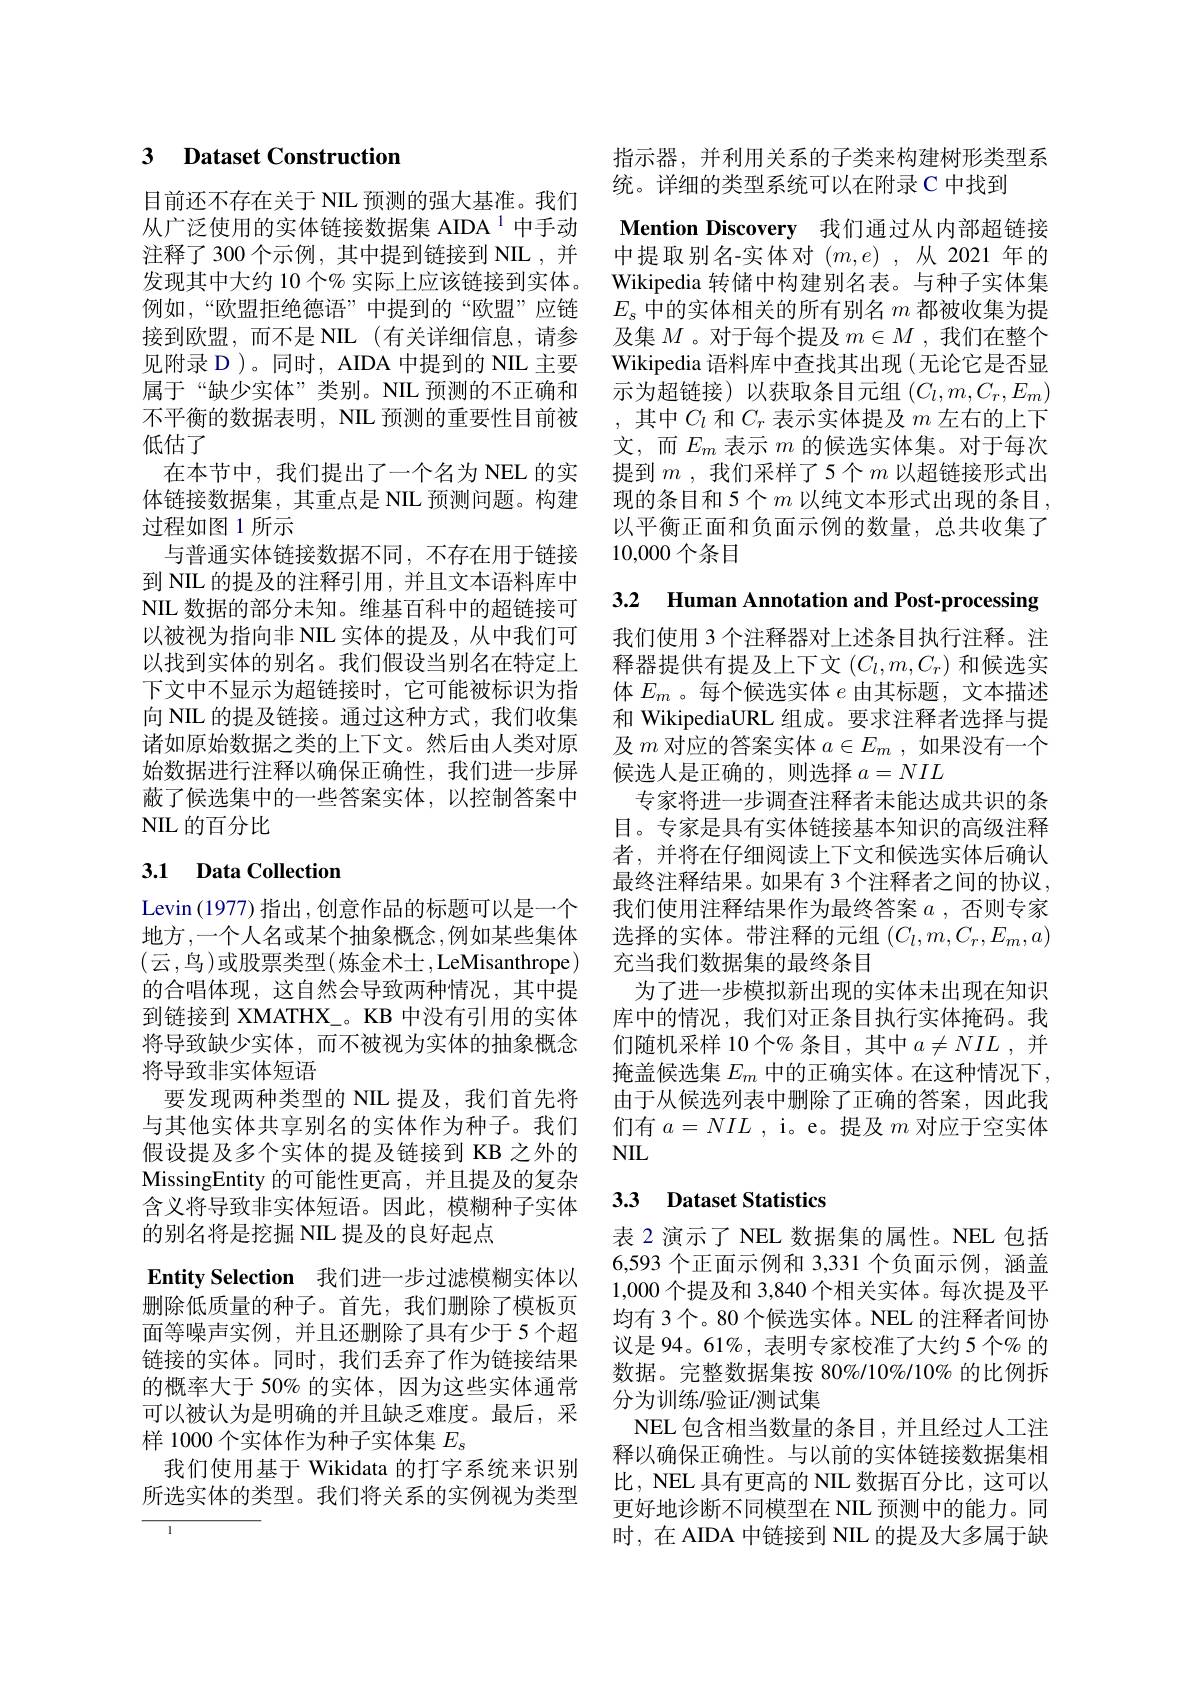
## 3 Dataset Construction

目前还不存在关于 NIL 预测的强大基准。我们从广泛使用的实体链接数据集 AIDA $^{1}$中手动注释了300 个示例，其中提到链接到 NIL ,并发现其中大约 10 个% 实际上应该链接到实体。例如，“欧盟拒绝德语”中提到的“欧盟”应链接到欧盟，而不是 NIL(有关详细信息，请参见附录 D )。同时，AIDA 中提到的 NIL 主要属于“缺少实体”类别。NIL 预测的不正确和不平衡的数据表明，NIL 预测的重要性目前被低估了
在本节中，我们提出了一个名为 NEL 的实体链接数据集，其重点是 NIL 预测问题。构建过程如图 1 所示
与普通实体链接数据不同，不存在用于链接到 NIIL 的提及的注释引用，并且文本语料库中NIL 数据的部分未知。维基百科中的超链接可以被视为指向非 NIL 实体的提及，从中我们可以找到实体的别名。我们假设当别名在特定上下文中不显示为超链接时，它可能被标识为指向 NIIL 的提及链接。通过这种方式，我们收集诸如原始数据之类的上下文。然后由人类对原始数据进行注释以确保正确性，我们进一步屏蔽了候选集中的一些答案实体，以控制答案中NIL 的百分比

## 3.1 Data Collection

Levin (1977) 指出，创意作品的标题可以是一个地方 ,一个人名或某个抽象概念 ,例如某些集体(云，鸟)或股票类型(炼金术士，LeMisanthrope) 的合唱体现，这自然会导致两种情况，其中提到链接到 XMATHX\_。KB 中没有引用的实体将导致缺少实体，而不被视为实体的抽象概念将导致非实体短语
要发现两种类型的 NIL 提及，我们首先将与其他实体共享别名的实体作为种子。我们假设提及多个实体的提及链接到 KB 之外的MissingEntity 的可能性更高，并且提及的复杂含义将导致非实体短语。因此，模糊种子实体的别名将是挖掘 NIL 提及的良好起点
Entity Selection 我们进一步过滤模糊实体以删除低质量的种子。首先，我们删除了模板页面等噪声实例，并且还删除了具有少于 5 个超链接的实体。同时，我们丢弃了作为链接结果的概率大于 50% 的实体，因为这些实体通常可以被认为是明确的并且缺乏难度。最后，采样 1000 个实体作为种子实体集$E_\mathrm{s}$
我们使用基于 Wikidata 的打字系统来识别所选实体的类型。我们将关系的实例视为类型

指示器，并利用关系的子类来构建树形类型系
统。详细的类型系统可以在附录 C 中找到
Mention Discovery 我们通过从内部超链接中提取别名-实体对($m,e)$,从2021年的Wikipedia 转储中构建别名表。与种子实体集$E_s$中的实体相关的所有别名$m$都被收集为提及集$M$ 。对于每个提及$m\in M$ ,我们在整个Wikipedia 语料库中查找其出现 (无论它是否显示为超链接)以获取条目元组$(C_l,m,C_r,E_m)$ ,其中$C_l$和$C_r$表示实体提及$m$左右的上下文，而$E_m$表示$m$的候选实体集。对于每次提到$m$,我们采样了5个$m$以超链接形式出现的条目和 5个$m$ 以纯文本形式出现的条目 , 以平衡正面和负面示例的数量，总共收集了10,000个条目

3.2 Human Annotation and Post-processing

我们使用 3 个注释器对上述条目执行注释。注释器提供有提及上下文$(C_l,m,C_r)$和候选实体$E_m$。每个候选实体$e$由其标题，文本描述和 WikipediaURL 组成。要求注释者选择与提及$m$对应的答案实体$a\in E_m$,如果没有一个候选人是正确的，则选择$a=NIL$
专家将进一步调查注释者未能达成共识的条目。专家是具有实体链接基本知识的高级注释者，并将在仔细阅读上下文和候选实体后确认最终注释结果。如果有 3 个注释者之间的协议， 我们使用注释结果作为最终答案$a$ ,否则专家选择的实体。带注释的元组$(C_l,m,C_r,E_m,a)$ 充当我们数据集的最终条目
为了进一步模拟新出现的实体未出现在知识库中的情况，我们对正条目执行实体掩码。我们随机采样 10 个% 条目，其中$a\neq NIL$ ,并掩盖候选集$E_m$中的正确实体。在这种情况下， 由于从候选列表中删除了正确的答案，因此我们有$a=NIL$ , i。e。提及$m$对应于空实体NIL

## 3.3 Dataset Statistics

表 2 演示了 NEL 数据集的属性。NEL 包括6,593 个正面示例和 3,331 个负面示例，涵盖1,000 个提及和 3,840 个相关实体。每次提及平均有 3 个。80 个候选实体。NEL 的注释者间协议是 94。61%, 表明专家校准了大约 5个% 的数据。完整数据集按 80%/10%/10% 的比例拆分为训练/验证/测试集
NEL 包含相当数量的条目，并且经过人工注释以确保正确性。与以前的实体链接数据集相比，NEL 具有更高的 NIL 数据百分比，这可以更好地诊断不同模型在 NIL 预测中的能力。同时，在 AIDA 中链接到 NIL 的提及大多属于缺